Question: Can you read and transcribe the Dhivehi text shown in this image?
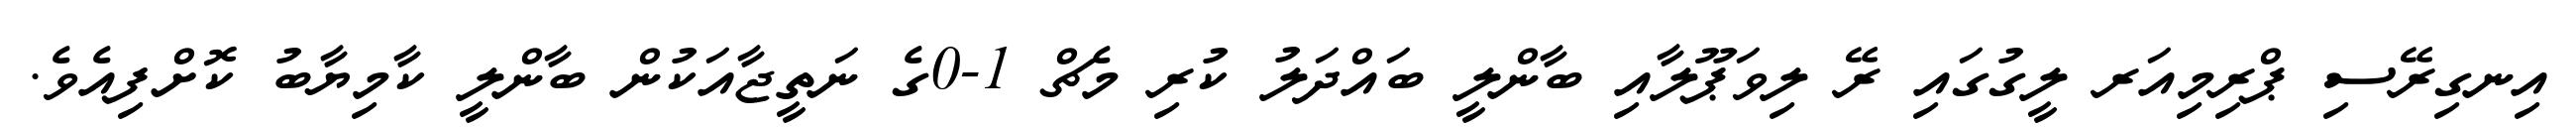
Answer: އިނގިރޭސި ޕްރިމިއަރ ލީގުގައި ރޭ ލިވަޕޫލާއި ބާންލީ ބައްދަލު ކުރި މެޗް 1-0ގެ ނަތީޖާއަކުން ބާންލީ ކާމިޔާބު ކޮށްފިއެވެ.